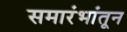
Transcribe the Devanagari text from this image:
समारंभांतून